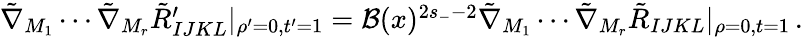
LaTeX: \begin{array}{r}{\tilde{\nabla}_{M_{1}}\cdots\tilde{\nabla}_{M_{r}}\tilde{R}_{IJKL}^{\prime}|_{\rho^{\prime}=0,t^{\prime}=1}={\cal B}(x)^{2s_{-}-2}\tilde{\nabla}_{M_{1}}\cdots\tilde{\nabla}_{M_{r}}\tilde{R}_{IJKL}|_{\rho=0,t=1}\, .}\end{array}